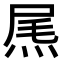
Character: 𤉂